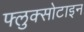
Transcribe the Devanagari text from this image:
फ्लुक्सोटाइन